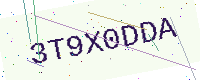
Text: 3T9X0DDA